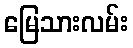
မြေသားလမ်း